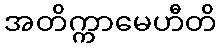
အတိက္ကာမေဟီတိ